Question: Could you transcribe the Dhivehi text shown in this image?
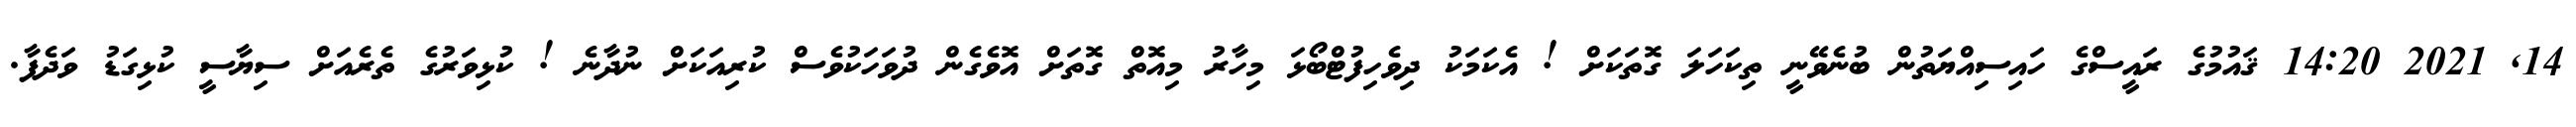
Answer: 14, 2021 14:20 ޤައުމުގެ ރައީސްގެ ހައިސިއްޔަތުން ބުނެވޭނީ ތިކަހަލަ ގޮތަކަށް ! އެކަމަކު ދިވެހިފުޓްބޯޅަ މިހާރު މިއޮތް ގޮތަށް އޮވެގެން ދުވަހަކުވެސް ކުރިއަކަށް ނުދާނެ ! ކުޅިވަރުގެ ތެރެއަށް ސިޔާސީ ކުޅިގަޑު ވަދެފާ.